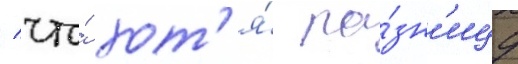
/ что́ хот'я́ ра́зн'ицу